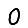
Digit: 0